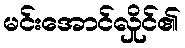
မင်းအောင်လှိုင်၏